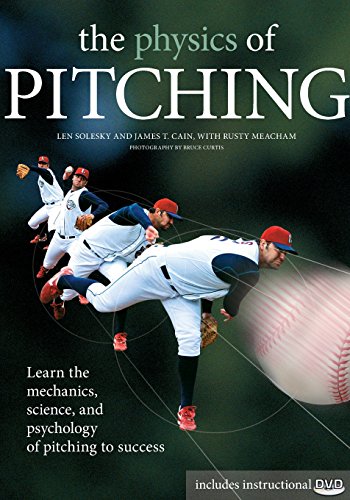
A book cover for The Physics of Pitching: Learn the Mechanics, Science, and Psychology of Pitching to Success; Len Solesky; Sports & Outdoors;